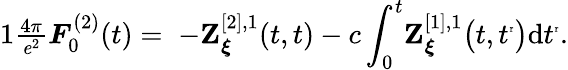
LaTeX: \begin{array}{r}{{1}\frac{4\pi}{\mathit{e}^{2}}\boldsymbol{{F}}_{0}^{(2)}(t)=\; -{\mathbf{Z}}_{\boldsymbol{\xi}}^{[2],1}(t,t)-c\displaystyle\int_{0}^{t}\! {\mathbf{Z}}_{\boldsymbol{\xi}}^{[1],1}\big(t,t^{\mathrm{\tiny{r}}}\big)\mathrm{d}{t^{\mathrm{\tiny{r}}}}.}\end{array}